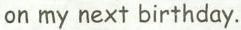
on my next birthday.